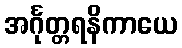
အင်္ဂုတ္တရနိကာယေ